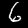
Label: 6